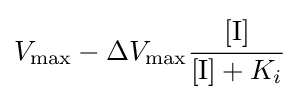
V_{\max }-\Delta V_{\max }{\cfrac {[\mathrm {I} ]}{[{\ce {I}}]+K_{i}}}